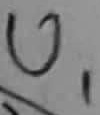
Text: U1